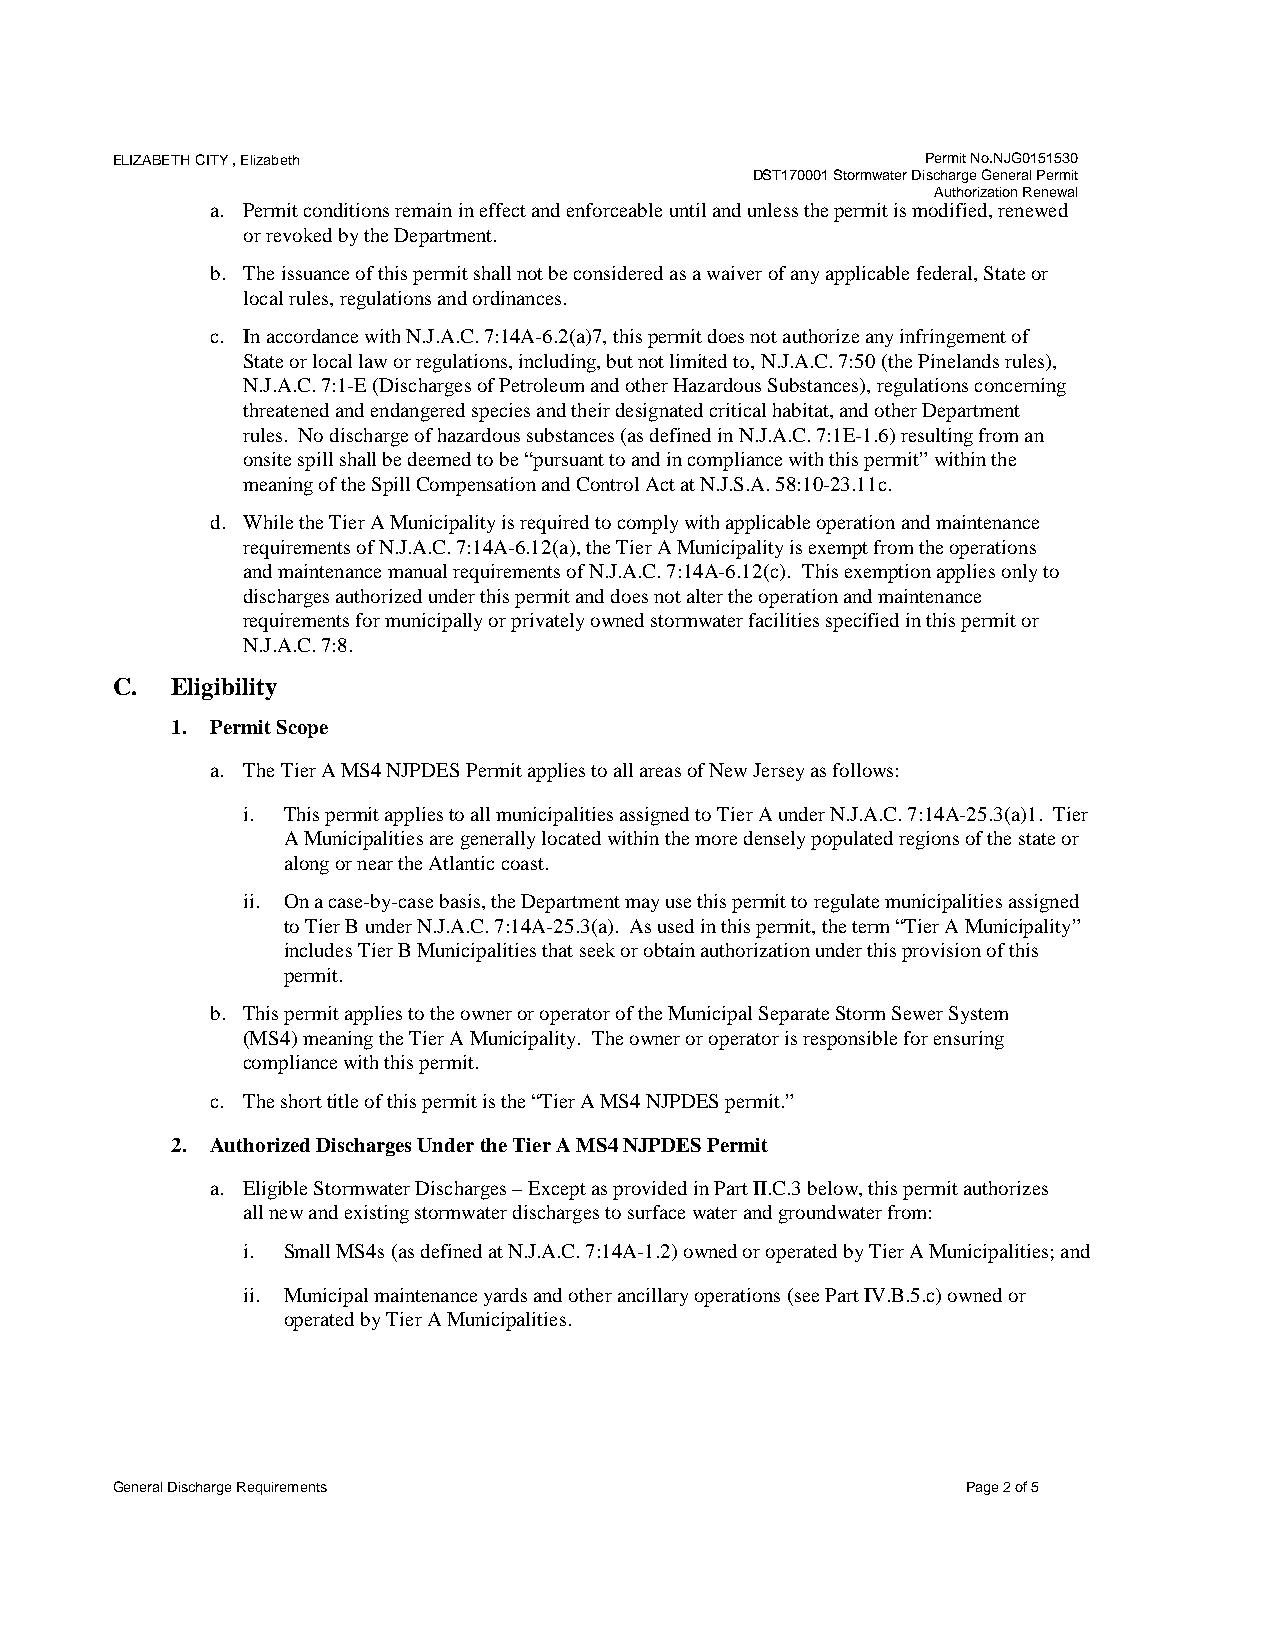
ELIZABETH CITY , Elizabeth                            Permit No.NJG0151530
 DST170001 Stormwater Discharge General Permit
 Authorization Renewal
 a. Permit conditions remain in effect and enforceable until and unless the permit is modified, renewed
 or revoked by the Department.
 b. The issuance of this permit shall not be considered as a waiver of any applicable federal, State or
 local rules, regulations and ordinances.
 c. In accordance with N.J.A.C. 7:14A-6.2(a)7, this permit does not authorize any infringement of
 State or local law or regulations, including, but not limited to, N.J.A.C. 7:50 (the Pinelands rules),
 N.J.A.C. 7:1-E (Discharges of Petroleum and other Hazardous Substances), regulations concerning
 threatened and endangered species and their designated critical habitat, and other Department
 rules. No discharge of hazardous substances (as defined in N.J.A.C. 7:1E-1.6) resulting from an
 onsite spill shall be deemed to be “pursuant to and in compliance with this permit” within the
 meaning of the Spill Compensation and Control Act at N.J.S.A. 58:10-23.11c.
 d. While the Tier A Municipality is required to comply with applicable operation and maintenance
 requirements of N.J.A.C. 7:14A-6.12(a), the Tier A Municipality is exempt from the operations
 and maintenance manual requirements of N.J.A.C. 7:14A-6.12(c). This exemption applies only to
 discharges authorized under this permit and does not alter the operation and maintenance
 requirements for municipally or privately owned stormwater facilities specified in this permit or
 N.J.A.C. 7:8.
 C.  Eligibility
 1. Permit Scope
 a. The Tier A MS4 NJPDES Permit applies to all areas of New Jersey as follows:
 i. This permit applies to all municipalities assigned to Tier A under N.J.A.C. 7:14A-25.3(a)1. Tier
 A Municipalities are generally located within the more densely populated regions of the state or
 along or near the Atlantic coast.
 ii. On a case-by-case basis, the Department may use this permit to regulate municipalities assigned
 to Tier B under N.J.A.C. 7:14A-25.3(a). As used in this permit, the term “Tier A Municipality”
 includes Tier B Municipalities that seek or obtain authorization under this provision of this
 permit.
 b. This permit applies to the owner or operator of the Municipal Separate Storm Sewer System
 (MS4) meaning the Tier A Municipality. The owner or operator is responsible for ensuring
 compliance with this permit.
 c. The short title of this permit is the “Tier A MS4 NJPDES permit.”
 2. Authorized Discharges Under the Tier A MS4 NJPDES Permit
 a. Eligible Stormwater Discharges – Except as provided in Part II.C.3 below, this permit authorizes
 all new and existing stormwater discharges to surface water and groundwater from:
 i. Small MS4s (as defined at N.J.A.C. 7:14A-1.2) owned or operated by Tier A Municipalities; and
 ii. Municipal maintenance yards and other ancillary operations (see Part IV.B.5.c) owned or
 operated by Tier A Municipalities.
 General Discharge Requirements                           Page 2 of 5